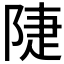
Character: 𨺇